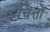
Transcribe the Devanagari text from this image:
चित्तो